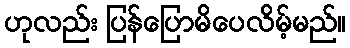
ဟုလည်း ပြန်ပြောမိပေလိမ့်မည်။